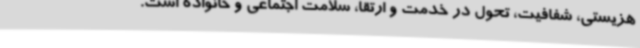
هزیستی، شفافیت، تحول در خدمت و ارتقا، سلامت اجتماعی و خانواده است.